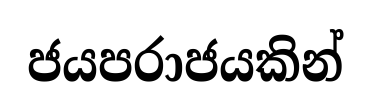
ජයපරාජයකින්